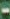
-